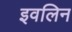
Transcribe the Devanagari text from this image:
इवलिन